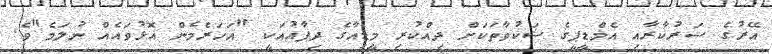
އޭރުގެ ސަރުކާރާއި އެމްޑީޕީގެ ޝަކުވާތަކަށް ދިއްކުރި މީޑިއާގެ ދިފާއުއަކީ "އަހަރެމެން އޮޅުވައެއް ނުލަމެ"ވެ.